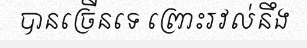
បានច្រើនទេ ព្រោះរវល់នឹង